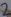
Text: 2